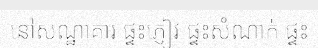
នៅសណ្ឋាគារ ផ្ទះភ្ញៀវ ផ្ទះសំណាក់ ផ្ទះ